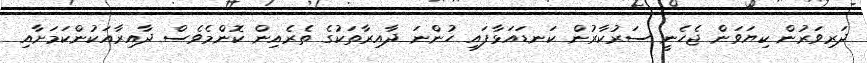
ދަރިވަރުން ކިޔަވަން ޖެހެނީ ސަރުކާރުން ކަނޑައަޅާފައި ހުންނަ ދާއިރާތަކުގެ ތެރެއިން ކޮންމެވެސް ދާއިރާއަކުންކަމަށާއި